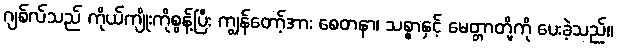
ဂျစ်လ်သည် ကိုယ်ကျိုးကိုစွန့်ပြီး ကျွန်တော့်အား စေတနာ၊ သစ္စာနှင့် မေတ္တာတို့ကို ပေးခဲ့သည်။